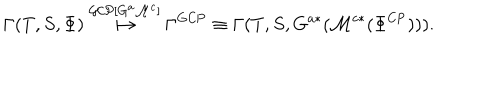
LaTeX: \Gamma ( T , S , \Phi ) \stackrel { \mathcal { G C P } [ G ^ { a } \mathcal { M } ^ { c } ] } { \longmapsto } \Gamma ^ { \mathrm { G C P } } \equiv \Gamma ( T , S , G ^ { a * } ( \mathcal { M } ^ { c * } ( \Phi ^ { \mathrm { C P } } ) ) ) .